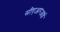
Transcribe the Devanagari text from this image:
सीएआरआई